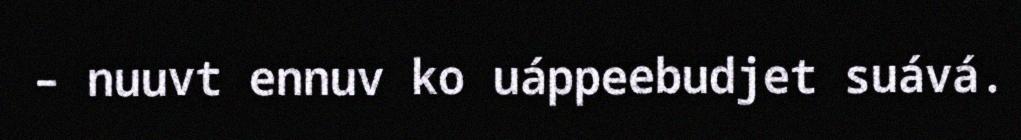
– nuuvt ennuv ko uáppeebudjet suává.